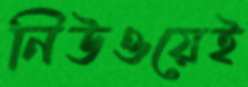
নিউওয়েই